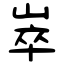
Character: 崒